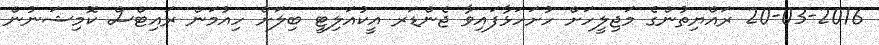
20-03-2016 ރައްޔިތުންގެ މަޖިލީހަށް ހުށަހަޅާފައިވާ ޖެންޑަރ އީކުއަލިޓީ ބިލަށް ހިއުމަން ރައިޓްސް ކޮމިޝަނުން